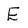
Character: E